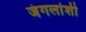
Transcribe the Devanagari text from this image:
जंगलांशी